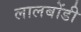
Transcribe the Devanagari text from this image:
लालबोंडी